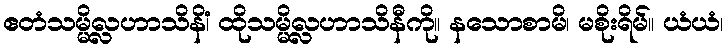
ဧတံသမ္မိလ္လဟာသိနိံ၊ ထိုသမ္မိလ္လဟာသိနီကို။ နသောစာမိ၊ မစိုးရိမ်။ ယံယံ၊